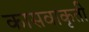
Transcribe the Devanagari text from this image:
कासवाकृती